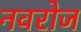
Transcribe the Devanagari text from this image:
नवरोज